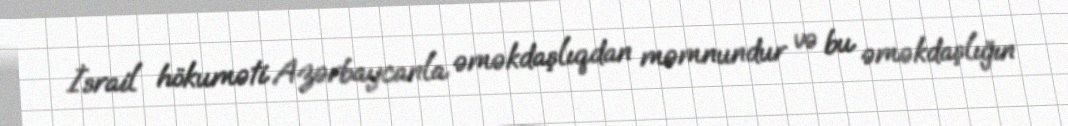
İsrail hökuməti Azərbaycanla əməkdaşlıqdan məmnundur və bu əməkdaşlığın